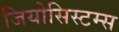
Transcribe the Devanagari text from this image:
जियोसिस्टम्स